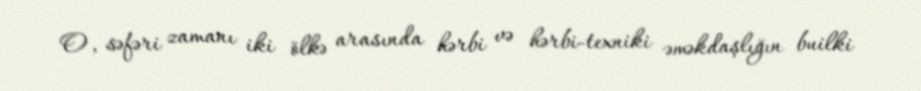
O, səfəri zamanı iki ölkə arasında hərbi və hərbi-texniki əməkdaşlığın builki